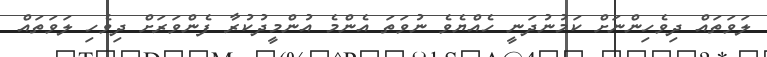
ލަވަތައް ދިވެހިންނަށް ކަމުނުދަނީ ހެއްޔެވެ ނުވަތަ އެންމެ އުންމީދުކުރާ ފެންވަރަށް ދިވެހި ލަވަތައް